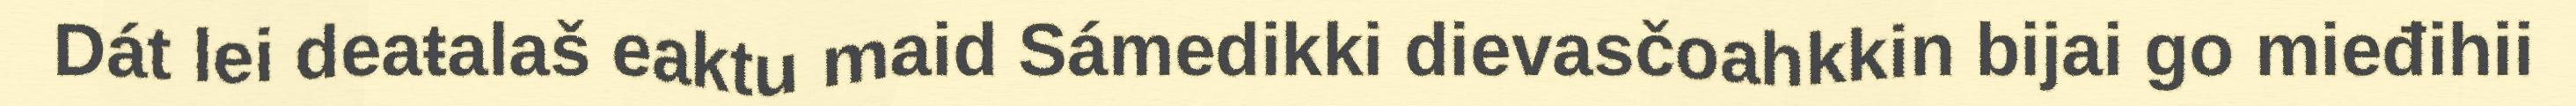
Dát lei deaŧalaš eaktu maid Sámedikki dievasčoahkkin bijai go mieđihii